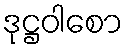
ဒုဋ္ဌဝါစော